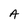
Character: A